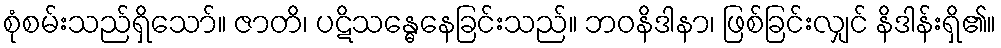
စုံစမ်းသည်ရှိသော်။ ဇာတိ၊ ပဋိသန္ဓေနေခြင်းသည်။ ဘဝနိဒါနာ၊ ဖြစ်ခြင်းလျှင် နိဒါန်းရှိ၏။